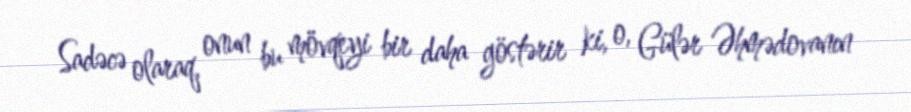
Sadəcə olaraq, onun bu mövqeyi bir daha göstərir ki, o, Gülər Əhmədovanın